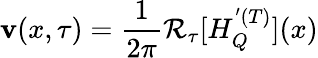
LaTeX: \mathbf{v}(x,\tau)=\frac{{1}}{{2\pi}}\mathcal{{R}}_{\tau}[H_{Q}^{'(T)}](x)